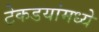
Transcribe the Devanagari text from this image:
टेकडयांमध्ये